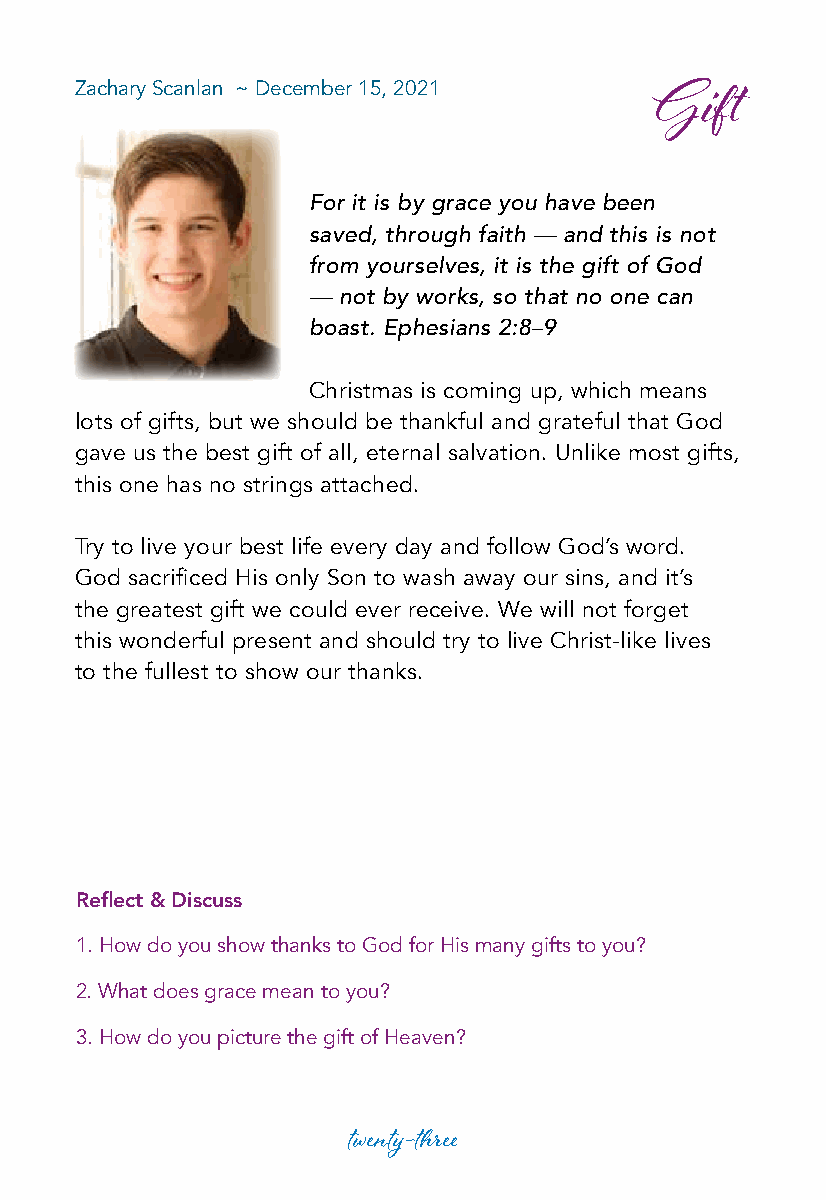
Zachary Scanlan ~ December 15, 2021
 Gift
 For it is by grace you have been
 saved, through faith — and this is not
 from yourselves, it is the gift of God
 — not by works, so that no one can
 boast. Ephesians 2:8–9
 Christmas is coming up, which means
 lots of gifts, but we should be thankful and grateful that God
 gave us the best gift of all, eternal salvation. Unlike most gifts,
 this one has no strings attached.
 Try to live your best life every day and follow God’s word.
 God sacrificed His only Son to wash away our sins, and it’s
 the greatest gift we could ever receive. We will not forget
 this wonderful present and should try to live Christ-like lives
 to the fullest to show our thanks.
 Reflect & Discuss
 1. How do you show thanks to God for His many gifts to you?
 2. What does grace mean to you?
 3. How do you picture the gift of Heaven?
 twenty-three